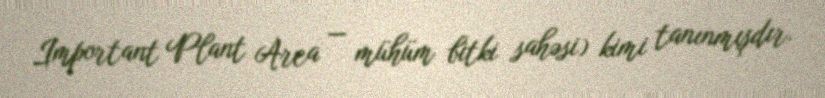
Important Plant Area — mühüm bitki sahəsi) kimi tanınmışdır.